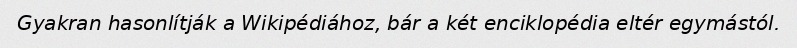
Gyakran hasonlítják a Wikipédiához, bár a két enciklopédia eltér egymástól.